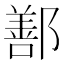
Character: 鄯